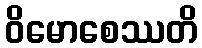
ဝိမောစေဿတိ